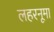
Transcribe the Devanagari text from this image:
लहरनूमा